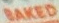
BAKED